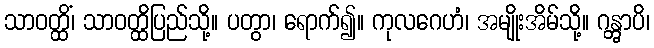
သာဝတ္ထိံ၊ သာဝတ္ထိပြည်သို့။ ပတွာ၊ ရောက်၍။ ကုလဂေဟံ၊ အမျိုးအိမ်သို့။ ဂန္တွာပိ၊